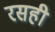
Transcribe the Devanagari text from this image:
रसही